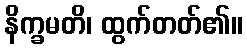
နိက္ခမတိ၊ ထွက်တတ်၏။